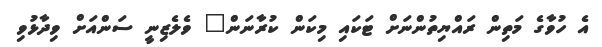
އެ ހުވާގެ މަތިން ރައްޔިތުންނަށް ޓަކައި މިކަން ކުރާނަން" ވެލެޒިނީ ސަންއަށް ވިދާޅުވި